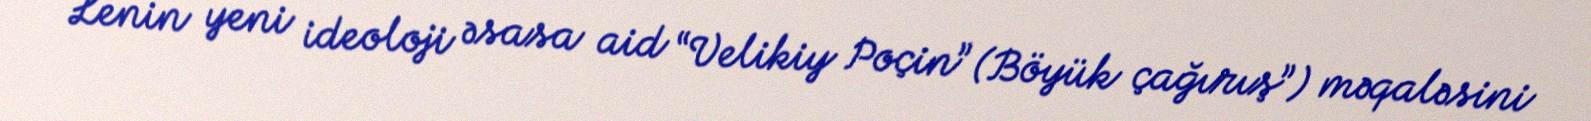
Lenin yeni ideoloji əsasa aid “Velikiy Poçin” (Böyük çağırış”) məqaləsini